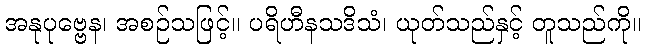
အနုပုဗ္ဗေန၊ အစဉ်သဖြင့်။ ပရိဟီနသဒိသံ၊ ယုတ်သည်နှင့် တူသည်ကို။